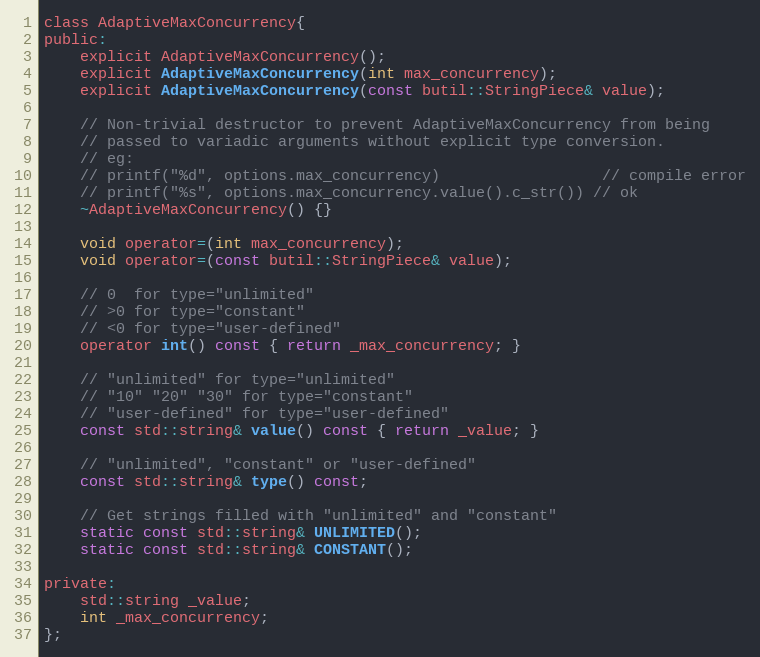
Language: C
class AdaptiveMaxConcurrency{
public:
    explicit AdaptiveMaxConcurrency();
    explicit AdaptiveMaxConcurrency(int max_concurrency);
    explicit AdaptiveMaxConcurrency(const butil::StringPiece& value);

    // Non-trivial destructor to prevent AdaptiveMaxConcurrency from being
    // passed to variadic arguments without explicit type conversion.
    // eg:
    // printf("%d", options.max_concurrency)                  // compile error
    // printf("%s", options.max_concurrency.value().c_str()) // ok
    ~AdaptiveMaxConcurrency() {}

    void operator=(int max_concurrency);
    void operator=(const butil::StringPiece& value);

    // 0  for type="unlimited"
    // >0 for type="constant"
    // <0 for type="user-defined"
    operator int() const { return _max_concurrency; }

    // "unlimited" for type="unlimited"
    // "10" "20" "30" for type="constant"
    // "user-defined" for type="user-defined"
    const std::string& value() const { return _value; }

    // "unlimited", "constant" or "user-defined"
    const std::string& type() const;

    // Get strings filled with "unlimited" and "constant"
    static const std::string& UNLIMITED();
    static const std::string& CONSTANT();

private:
    std::string _value;
    int _max_concurrency;
};